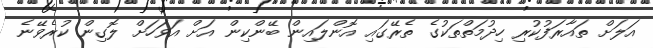
އަލަށް ތައާރަފުކުރި ހިދުމަތްތަކުގެ ތެރޭގައި އޮންލައިން ބޭންކިން އަށް އަވަހަށް ލޮގިން ކުރެވޭނެ